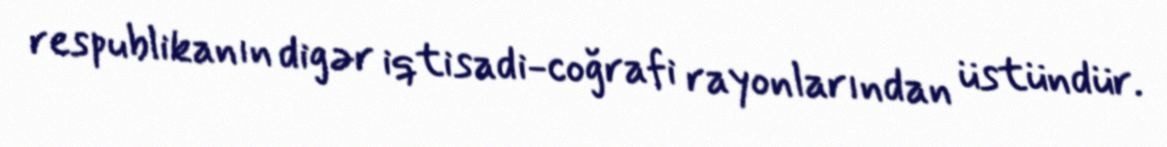
respublikanın digər iqtisadi-coğrafi rayonlarından üstündür.